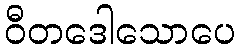
ဝီတဒေါသောပေ